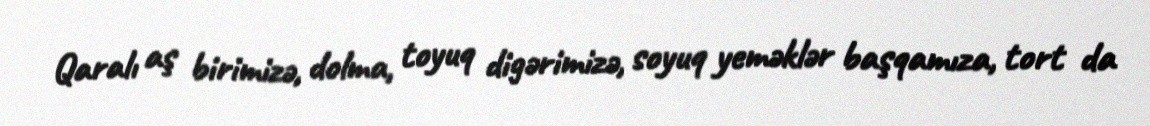
Qaralı aş birimizə, dolma, toyuq digərimizə, soyuq yeməklər başqamıza, tort da